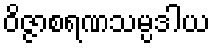
ဝိဇ္ဇာစရဏသမ္ပဒါယ